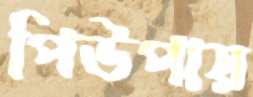
পিউপায়